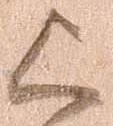
上